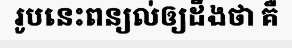
រូបនេះពន្យល់ឲ្យដឹងថា គឺ